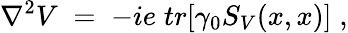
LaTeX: \nabla^{2}V\; =\; -ie\; tr[\gamma_{0}S_{V}(x,x)]\; ,